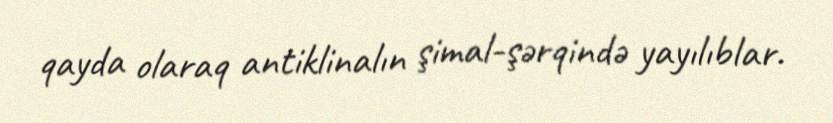
qayda olaraq antiklinalın şimal-şərqində yayılıblar.